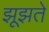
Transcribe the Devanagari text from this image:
झूझते